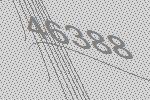
46388